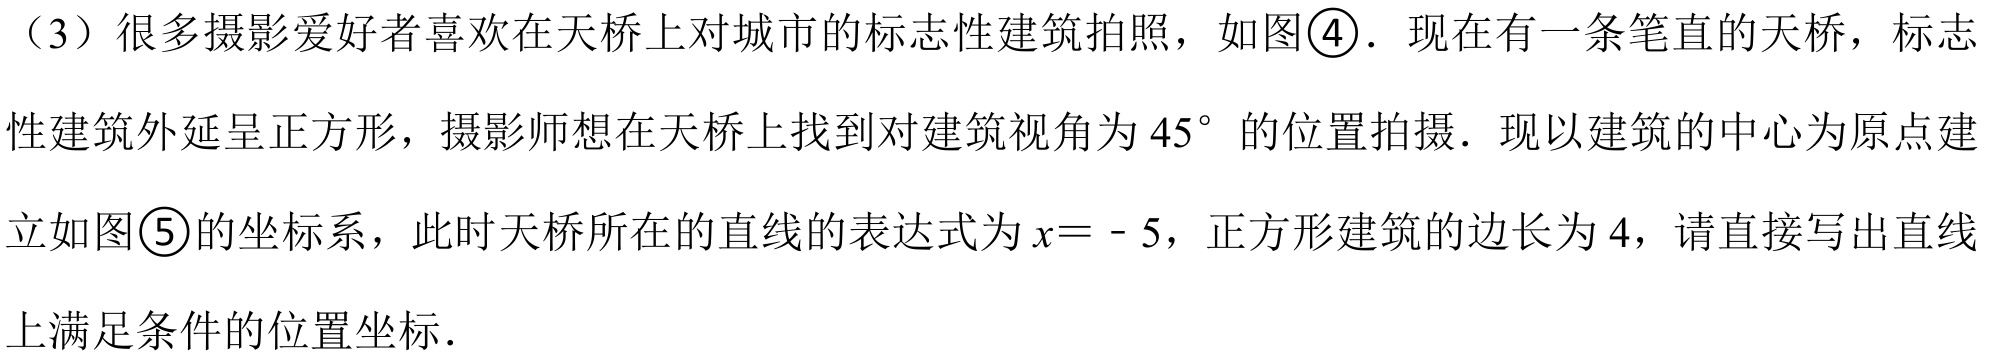
（3）很多摄影爱好者喜欢在天桥上对城市的标志性建筑拍照，如图\textcircled{4}．现在有一条笔直的天桥，标志性建筑外延呈正方形，摄影师想在天桥上找到对建筑视角为\(45^{\circ}\) 的位置拍摄．现以建筑的中心为原点建立如图\textcircled{5}的坐标系，此时天桥所在的直线的表达式为\(x = - 5\)，正方形建筑的边长为\(4\)，请直接写出直线上满足条件的位置坐标．